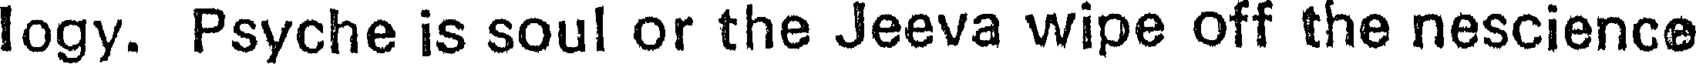
logy. Psyche is soul or the Jeeva wipe off the nescience